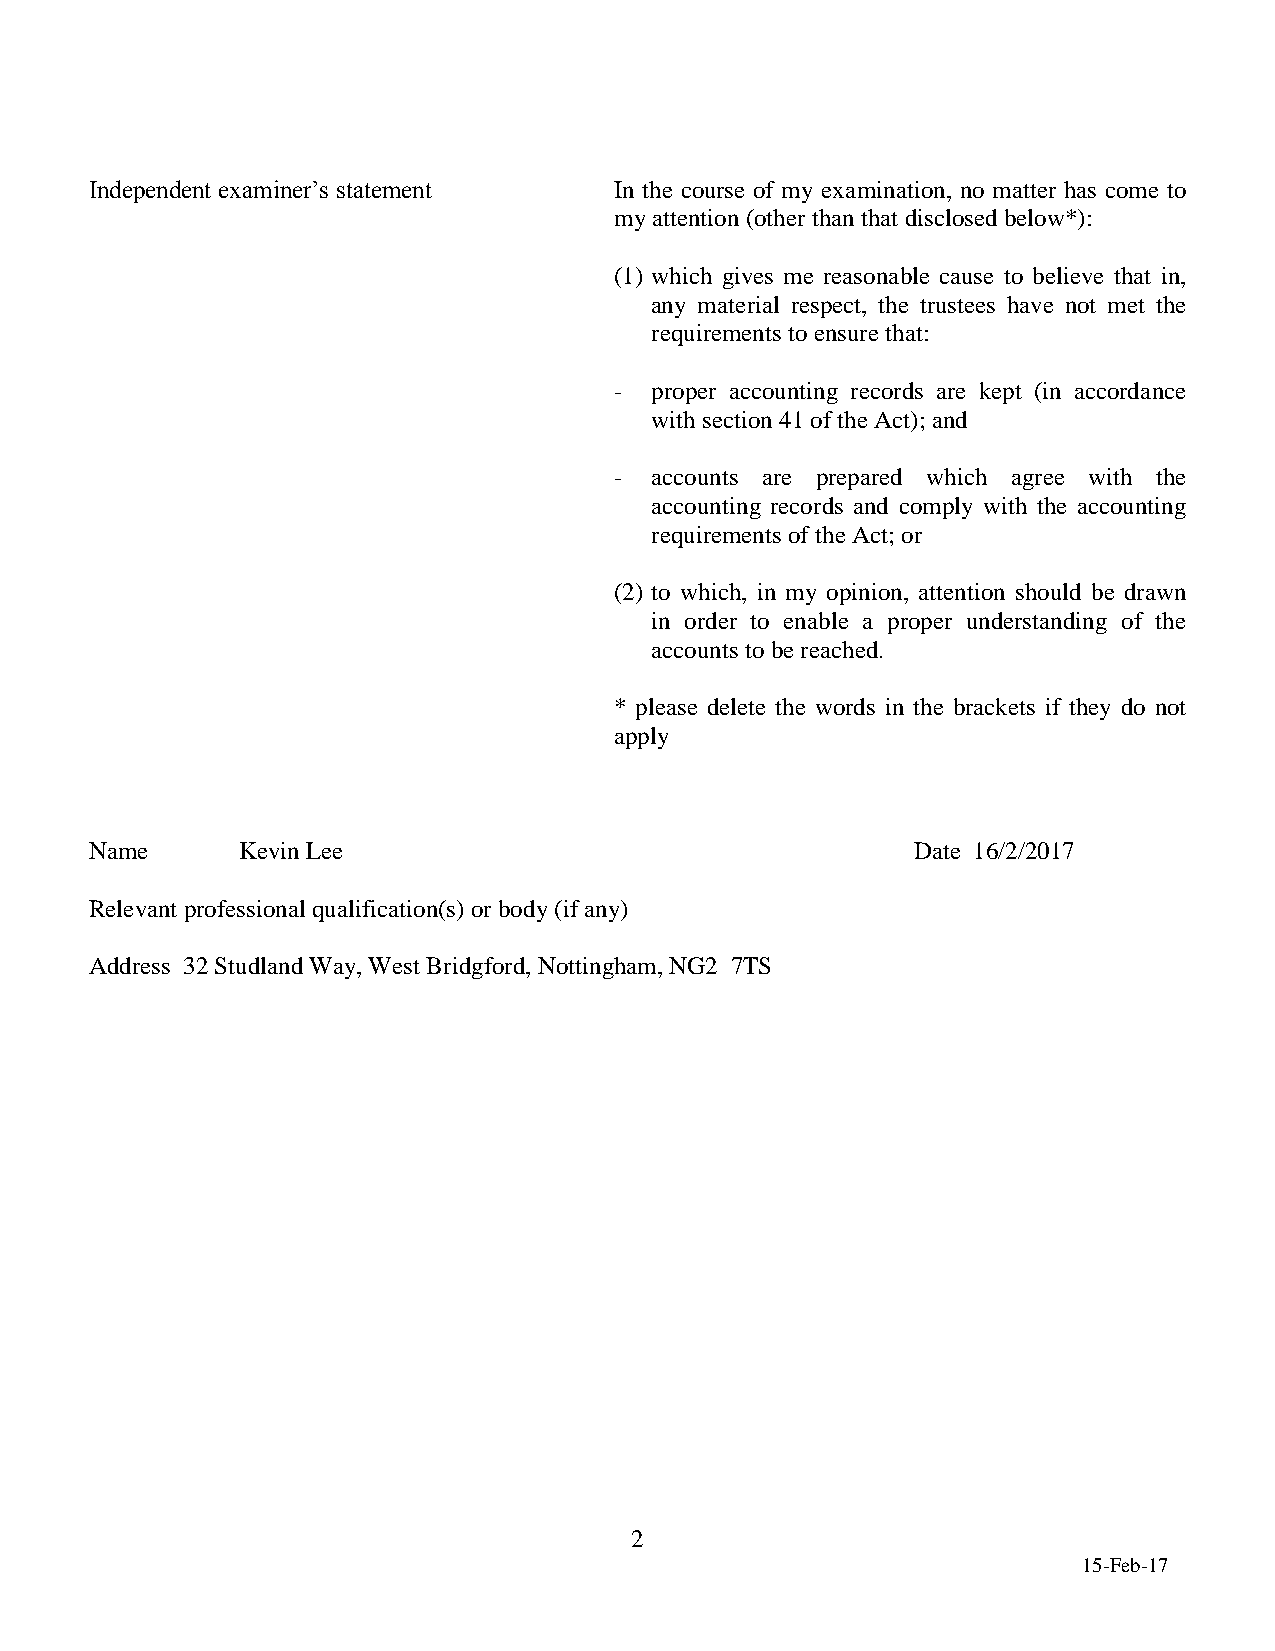
Independent examiner’s statement   In the course of my examination, no matter has come to
 my attention (other than that disclosed below*):
 (1) which gives me reasonable cause to believe that in,
 any material respect, the trustees have not met the
 requirements to ensure that:
 - proper accounting records are kept (in accordance
 with section 41 of the Act); and
 - accounts are prepared which agree with the
 accounting records and comply with the accounting
 requirements of the Act; or
 (2) to which, in my opinion, attention should be drawn
 in order to enable a proper understanding of the
 accounts to be reached.
 * please delete the words in the brackets if they do not
 apply
 Name      Kevin Lee                                    Date 16/2/2017
 Relevant professional qualification(s) or body (if any)
 Address 32 Studland Way, West Bridgford, Nottingham, NG2 7TS
 2
 15-Feb-17